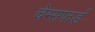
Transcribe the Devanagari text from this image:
चेम्सफर्ड